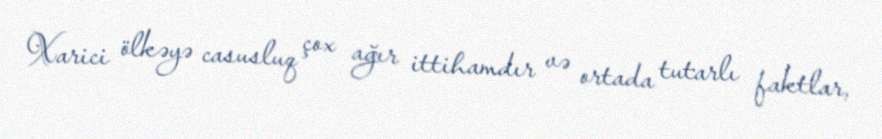
Xarici ölkəyə casusluq çox ağır ittihamdır və ortada tutarlı faktlar,